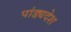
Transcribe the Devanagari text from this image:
पांड्यदेश